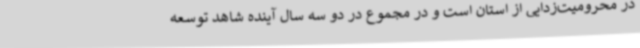
در محرومیت‌زدایی از استان است و در مجموع در دو سه سال آینده شاهد توسعه